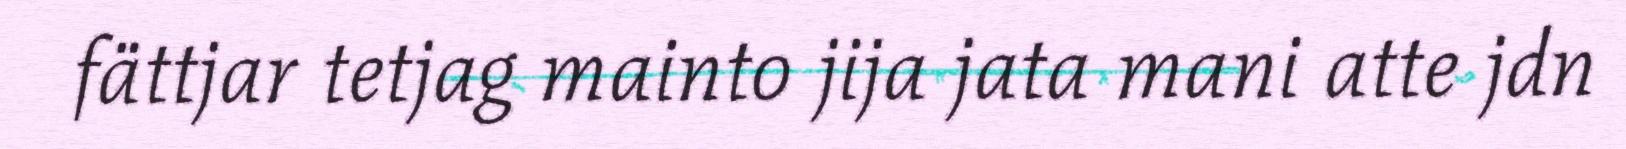
fättjar tetjag mainto jija jata mani atte jdn